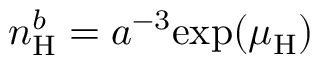
n _ { \mathrm { H } } ^ { b } = a ^ { - 3 } \mathrm { e x p } ( \mu _ { \mathrm { H } } )